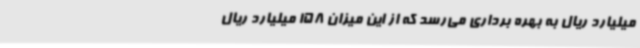
میلیارد ریال به بهره برداری می‌رسد که از این میزان 158 میلیارد ریال